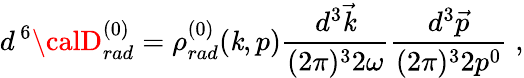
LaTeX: d^{\, 6}{\calD}_{rad}^{(0)}=\rho_{rad}^{(0)}(\mathit{k},p)\frac{{d^{3}{\vec{{\mathit{k}}}}}}{{(2\pi)^{3}2\omega}}\frac{{d^{3}{\vec{{p}}}}}{{(2\pi)^{3}2p^{0}}}\; ,